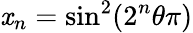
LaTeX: \mathit{x}_{n}=\sin^{2}(2^{n}\theta\pi)